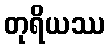
တုရိယဿ